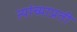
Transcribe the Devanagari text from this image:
त्यांच्याप्रती